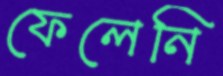
ফেলেনি